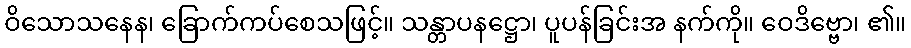
ဝိသောသနေန၊ ခြောက်ကပ်စေသဖြင့်။ သန္တာပနဋ္ဌော၊ ပူပန်ခြင်းအ နက်ကို။ ဝေဒိဗ္ဗော၊ ၏။